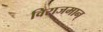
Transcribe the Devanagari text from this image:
विराजमान्‌